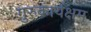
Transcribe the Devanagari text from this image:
गुरुकार्यक्षम